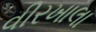
વીરખાલા